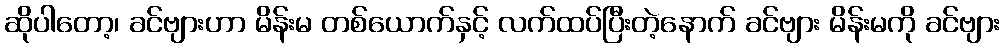
ဆိုပါတော့၊ ခင်ဗျားဟာ မိန်းမ တစ်ယောက်နှင့် လက်ထပ်ပြီးတဲ့နောက် ခင်ဗျား မိန်းမကို ခင်ဗျား